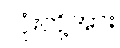
လုံးတို့အား